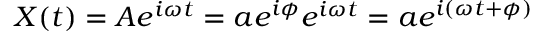
X ( t ) = A e ^ { i \omega t } = a e ^ { i \phi } e ^ { i \omega t } = a e ^ { i ( \omega t + \phi ) }